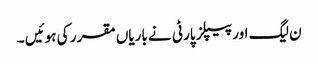
ن لیگ اور پیپلز پارٹی نے باریاں مقرر کی ہوئیں ۔